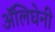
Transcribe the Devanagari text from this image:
अॅलिघेनी